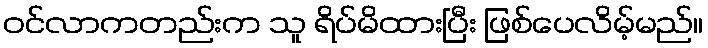
ဝင်လာကတည်းက သူ ရိပ်မိထားပြီး ဖြစ်ပေလိမ့်မည်။